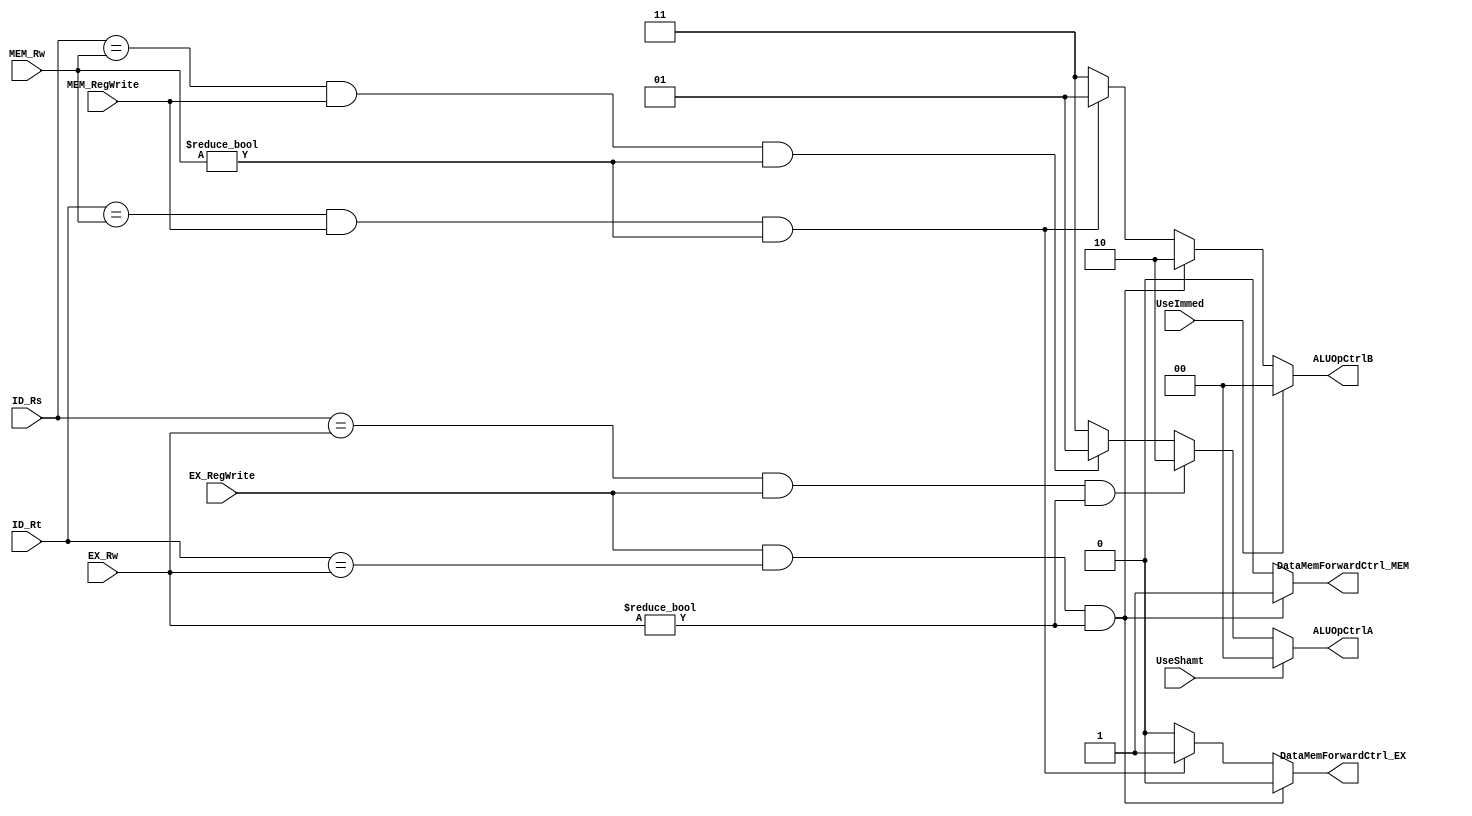
`timescale 1ns / 1ps
module ForwardingUnit(UseShamt , UseImmed , ID_Rs , ID_Rt , EX_Rw , MEM_Rw,
EX_RegWrite ,
MEM_RegWrite , ALUOpCtrlA , ALUOpCtrlB , DataMemForwardCtrl_EX ,
DataMemForwardCtrl_MEM);
// Define inputs and outputs
input UseShamt , UseImmed ;
input [4:0] ID_Rs , ID_Rt , EX_Rw , MEM_Rw;
input EX_RegWrite , MEM_RegWrite ;
output reg [1:0] ALUOpCtrlA ;
output reg [1:0] ALUOpCtrlB ;
output reg DataMemForwardCtrl_EX , DataMemForwardCtrl_MEM ;
// This is a cmbinational block
always @(*)
begin
// Control Signal definitions:
if(UseShamt == 1)
ALUOpCtrlA <= 2'b00;
else if (ID_Rs == EX_Rw & EX_RegWrite == 1 & EX_Rw != 0)
ALUOpCtrlA <= 2'b10;
else if(ID_Rs == MEM_Rw & MEM_RegWrite == 1 & MEM_Rw != 0)
ALUOpCtrlA <= 2'b01;
else
ALUOpCtrlA <= 2'b11;
// I-type instruction
if(UseImmed == 1)
ALUOpCtrlB <= 2'b00;
else if (ID_Rt == EX_Rw & EX_RegWrite == 1 & EX_Rw != 0)
ALUOpCtrlB <= 2'b10;
else if(ID_Rt == MEM_Rw & MEM_RegWrite == 1 & MEM_Rw != 0)
ALUOpCtrlB <= 2'b01;
else
ALUOpCtrlB <= 2'b11;
// load value is used by previous instruction
if (EX_RegWrite == 1 & ID_Rt == EX_Rw & EX_Rw != 0)
begin
DataMemForwardCtrl_EX <= 1'b0;
DataMemForwardCtrl_MEM <= 1'b1;
end
// if load value before the previous instruction
else if(MEM_RegWrite == 1 & ID_Rt == MEM_Rw & MEM_Rw != 0)
begin
DataMemForwardCtrl_EX <= 1'b1;
DataMemForwardCtrl_MEM <= 1'b0;
end
else
// If no data dependancy
begin
DataMemForwardCtrl_EX <= 1'b0;
DataMemForwardCtrl_MEM <= 1'b0;
end
end
endmodule